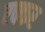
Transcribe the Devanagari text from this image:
एक्कर